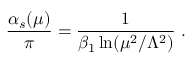
\frac { \alpha _ { s } ( \mu ) } { \pi } = \frac { 1 } { \beta _ { 1 } \ln ( \mu ^ { 2 } / \Lambda ^ { 2 } ) } \; .